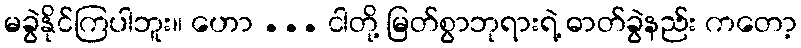
မခွဲနိုင်ကြပါဘူး။ ဟော ... ငါတို့ မြတ်စွာဘုရားရဲ့ ဓာတ်ခွဲနည်း ကတော့